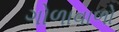
ગોળાવાળો